Report of cholera committee
Disease focus: Cholera
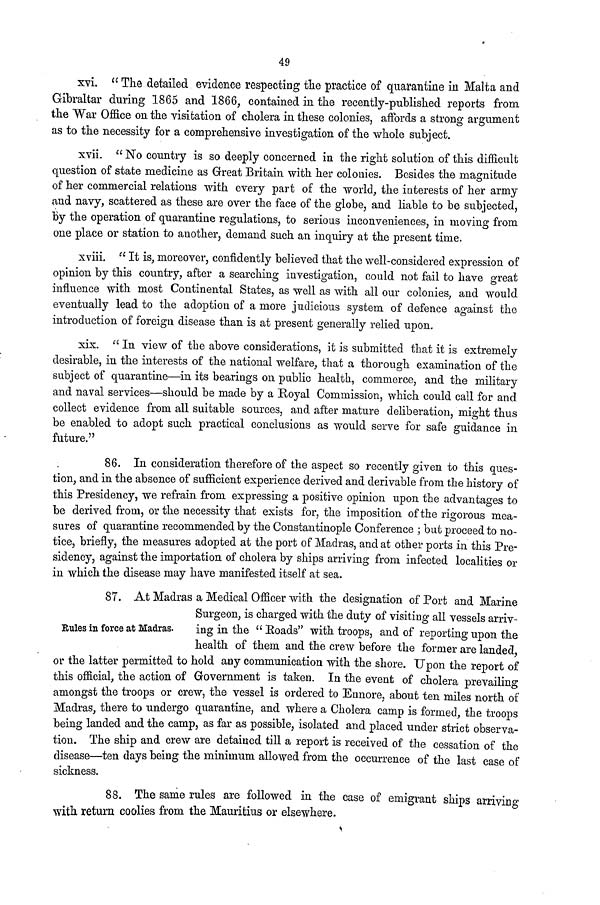
49
xvi. " The detailed evidence respecting the practice of quarantine in Malta and
Gibraltar during 1865 and 1866, contained in the recently-published reports from
the War Office on the visitation of cholera in these colonies, affords a strong argument
as to the necessity for a comprehensive investigation of the whole subject.
xvii. " No country is so deeply concerned in the right solution of this difficult
question of state medicine as Great Britain with her colonies. Besides the magnitude
of her commercial relations with every part of the world, the interests of her army
and navy, scattered as these are over the face of the globe, and liable to be subjected,
By the operation of quarantine regulations, to serious inconveniences, in moving from
one place or station to another, demand such an inquiry at the present time.
xviii. " It is, moreover, confidently believed that the well-considered expression of
opinion by this country, after a searching investigation, could not fail to have great
influence with most Continental States, as well as with all our colonies, and would
eventually lead to the adoption of a more judicious system of defence against the
introduction of foreign disease than is at present generally relied upon.
xix. " In view of the above considerations, it is submitted that it is extremely
desirable, in the interests of the national welfare, that a thorough examination of the
subject of quarantine—in its bearings on public health, commerce, and the military
and naval services—should be made by a Royal Commission, which could call for and
collect evidence from all suitable sources, and after mature deliberation, might thus
be enabled to adopt such practical conclusions as would serve for safe guidance in
future."
86. In consideration therefore of the aspect so recently given to this ques-
tion, and in the absence of sufficient experience derived and derivable from the history of
this Presidency, we refrain from expressing a positive opinion upon the advantages to
be derived from, or the necessity that exists for, the imposition of the rigorous mea-
sures of quarantine recommended by the Constantinople Conference ; but proceed to no-
tice, briefly, the measures adopted at the port of Madras, and at other ports in this Pre-
sidency, against the importation of cholera by ships arriving from infected localities or
in which the disease may have manifested itself at sea.
Rules in force at Madras.
87. At Madras a Medical Officer with the designation of Port and Marine
Surgeon, is charged with the duty of visiting all vessels arriv-
ing in the " Roads" with troops, and of reporting upon the
health of them and the crew before the former are landed,
or the latter permitted to hold any communication with the shore. Upon the report of
this official, the action of Government is taken. In the event of cholera prevailing
amongst the troops or crew, the vessel is ordered to Ennore, about ten miles north of
Madras, there to undergo quarantine, and where a Cholera camp is formed, the troops
being landed and the camp, as far as possible, isolated and placed under strict observa-
tion. The ship and crew are detained till a report is received of the cessation of the
disease—ten days being the minimum allowed from the occurrence of the last case of
sickness.
88. The same rules are followed in the case of emigrant ships arriving
with return coolies from the Mauritius or elsewhere.